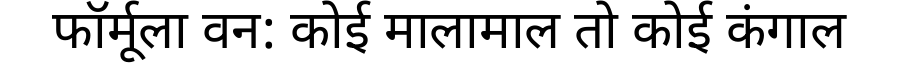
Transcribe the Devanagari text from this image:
फॉर्मूला वन: कोई मालामाल तो कोई कंगाल